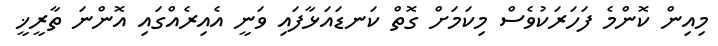
މިއިން ކޮންމެ ފަހަރަކުވެސް މިކަމަށް ގޮތް ކަނޑައަޅާފައި ވަނީ އެއިރެއްގައި އޮންނަ ތާރީޚީ